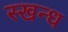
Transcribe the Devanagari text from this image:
स्खन्ध